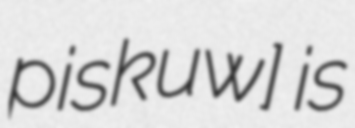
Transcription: pisˈkuwɨ] is